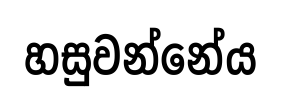
හසුවන්නේය